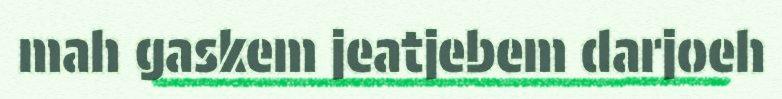
mah gaskem jeatjebem darjoeh